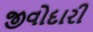
જીવોદારી